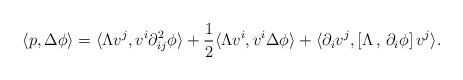
LaTeX: \begin{align*}\langle p , \Delta \phi \rangle&= \langle \Lambda v^j , v^i \partial_{ij}^2 \phi \rangle + \frac 12 \langle \Lambda v^i , v^i \Delta \phi \rangle+ \langle \partial_i v^j , \left[\Lambda \, , \, \partial_i \phi \right] v^j \rangle.\end{align*}